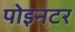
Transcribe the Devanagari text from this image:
पोइनटर